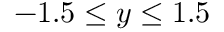
- 1 . 5 \leq y \leq 1 . 5